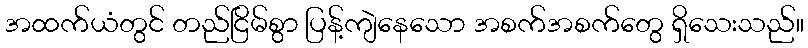
အထက်ယံတွင် တည်ငြိမ်စွာ ပြန့်ကျဲနေသော အစက်အစက်တွေ ရှိသေးသည်။